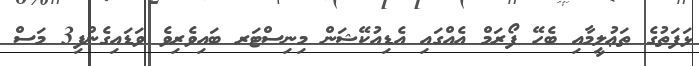
ޅަފަތުގެ ތަޢުލީމާއި ބެހޭ ފޯރަމް އެެއްގައި އެޑިއުކޭޝަން މިނިސްޓަރ ބައިވެރިވެ ވަޑައިގެންފި3 މަސް